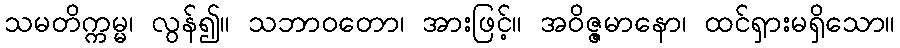
သမတိက္ကမ္မ၊ လွန်၍။ သဘာဝတော၊ အားဖြင့်။ အဝိဇ္ဇမာနော၊ ထင်ရှားမရှိသော။